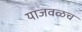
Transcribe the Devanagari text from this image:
याजवळच